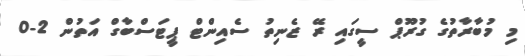
މި މުބާރާތުގެ ގުރޫޕް ސީގައި ރޭ ޒެނިތު ސެއިންޓް ޕީޓަސްބާގް އަތުން 2-0